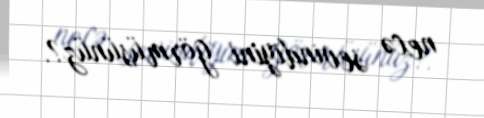
necə sevindiyini görmüsünüz?.